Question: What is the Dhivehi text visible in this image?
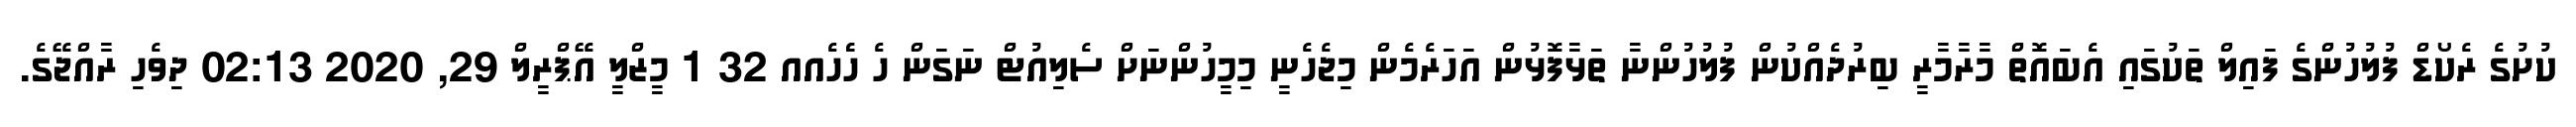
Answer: ކުށުގެ ރެކޯޑް ފުލުހުންގެ ފައިލް ތަކުގައި އެބައޮތް މާރާމާރީ ބިރުދެއްކުން ފުލުހުންނާ ތަޅާފޮޅުން އަހަރެމެން މިޖެހެނީ މިމީހުންނަށް ސެލިއުޓް ނަގަން ހެ ހެެހެއއ 32 1 މީޒްލީ އޭޕްރީލް 29, 2020 02:13 ދިވެހި ރާއްޖޭގެ.